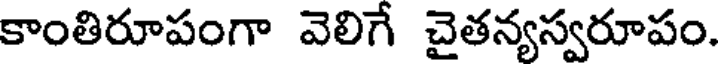
కాంతిరూపంగా వెలిగే చైతన్యస్వరూపం.